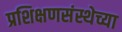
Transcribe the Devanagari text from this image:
प्रशिक्षणसंस्थेच्या